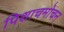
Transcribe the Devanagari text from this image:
पिशाचमोचन